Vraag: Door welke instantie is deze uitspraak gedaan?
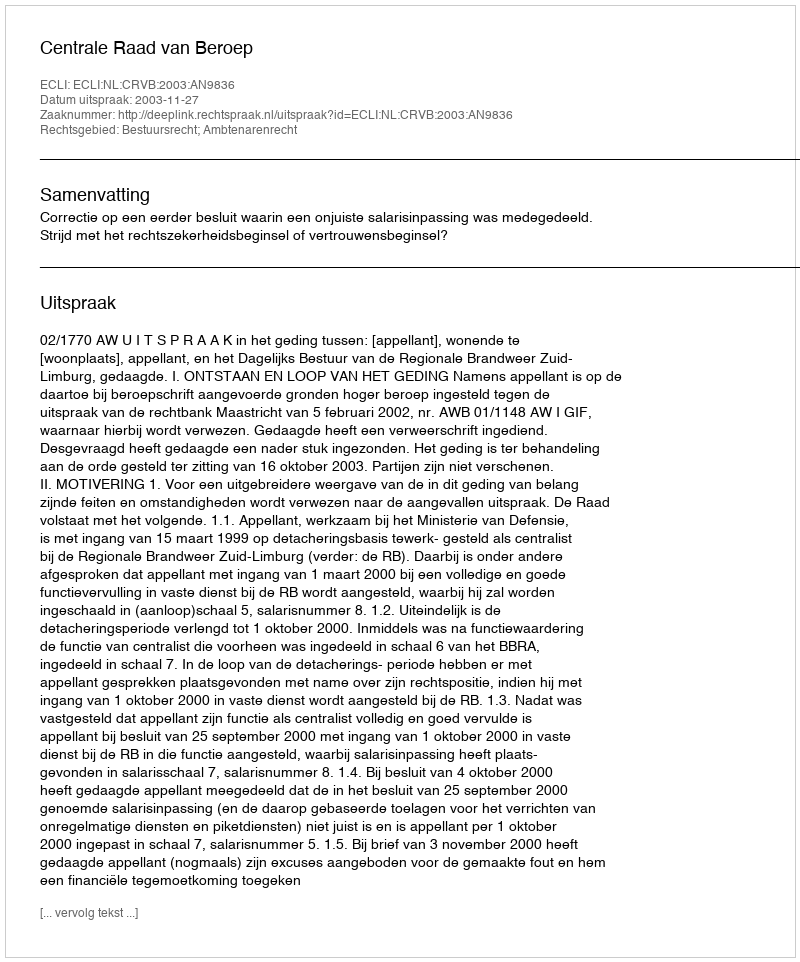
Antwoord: Centrale Raad van Beroep